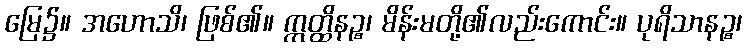
မြေ၌။ အဟောသိ၊ ဖြစ်၏။ ဣတ္ထိနဉ္စ၊ မိန်းမတို့၏လည်းကောင်း။ ပုရိသာနဉ္စ၊